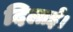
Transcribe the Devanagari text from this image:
दिलाईं।